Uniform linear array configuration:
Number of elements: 16
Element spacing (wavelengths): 1
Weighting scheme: uniform
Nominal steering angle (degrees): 0
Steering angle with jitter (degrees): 1.741
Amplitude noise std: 0.05
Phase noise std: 0.05

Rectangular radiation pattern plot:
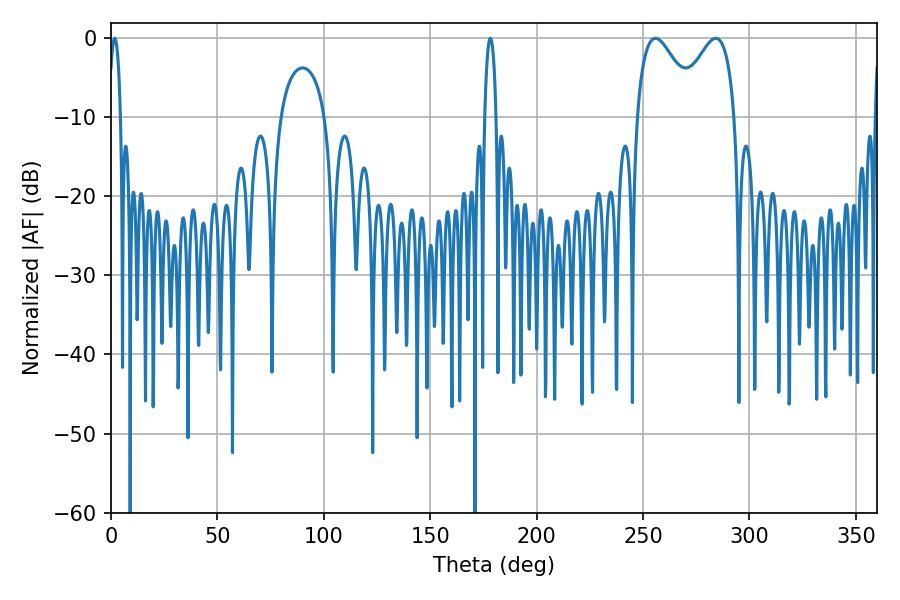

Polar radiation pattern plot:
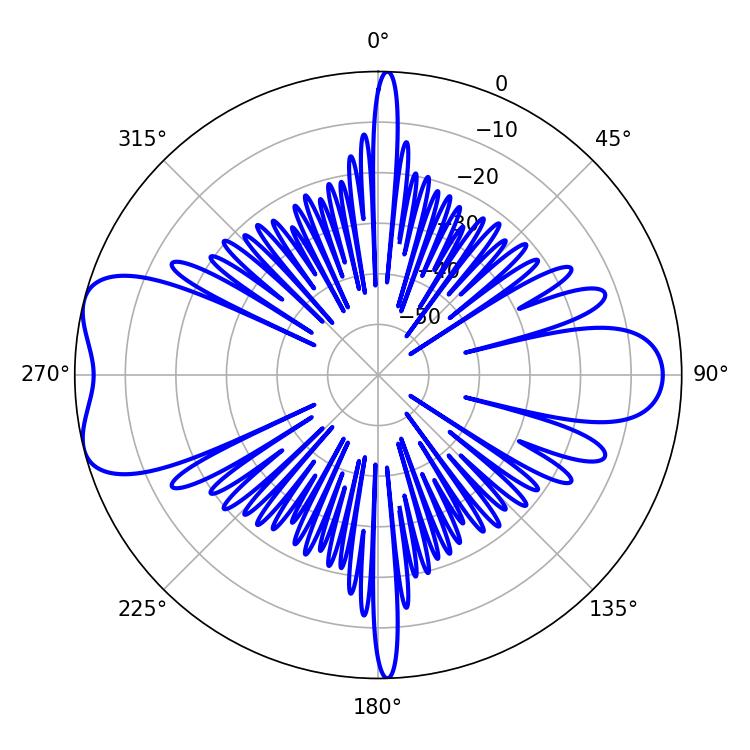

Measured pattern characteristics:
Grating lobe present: TRUE
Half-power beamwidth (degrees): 15.12
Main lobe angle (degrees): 255.78